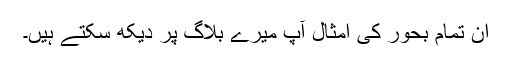
ان تمام بحور کی امثال آپ میرے بلاگ پر دیکھ سکتے ہیں۔